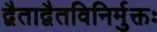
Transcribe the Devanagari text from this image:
द्वैताद्वैतविनिर्मुक्तः